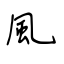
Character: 風